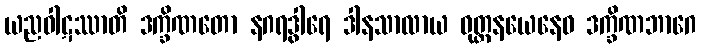
ယညဝါဋဿာတိ ဒက္ခိဏတော နဂရဒွါရေ ဒါနသာလာယ ဝုတ္တနယေနေဝ ဒက္ခိဏဘာဂေ